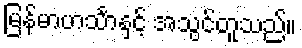
မြန်မာဟင်္သာနှင့် အသွင်တူသည်။